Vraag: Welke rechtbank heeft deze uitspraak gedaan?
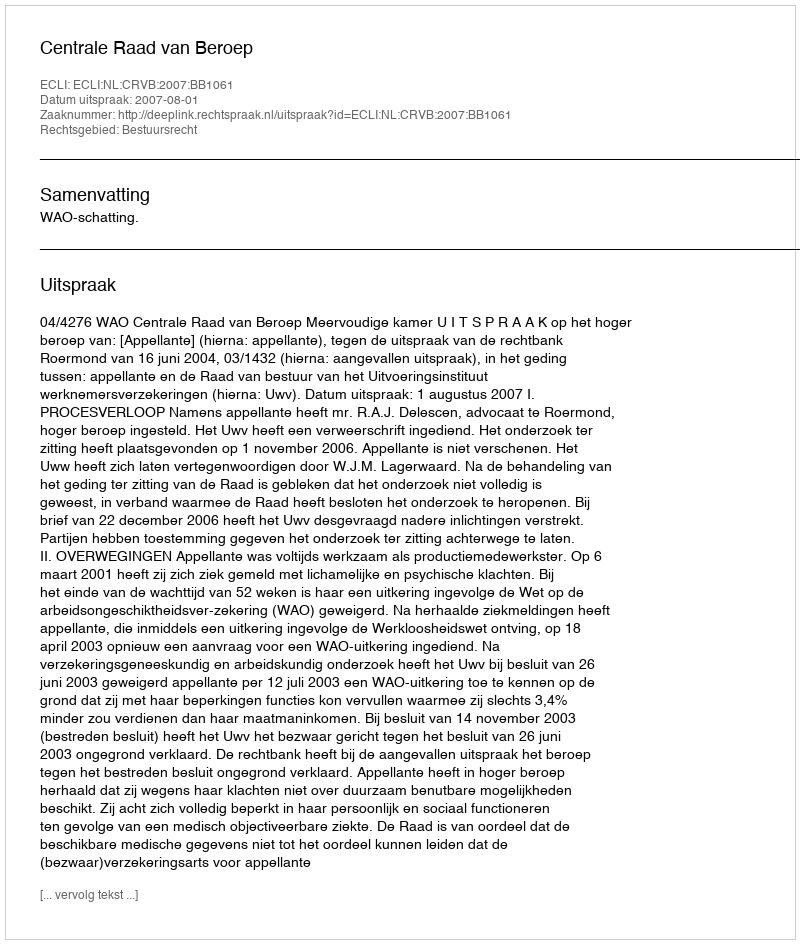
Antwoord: Centrale Raad van Beroep